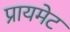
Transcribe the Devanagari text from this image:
प्रायमेट